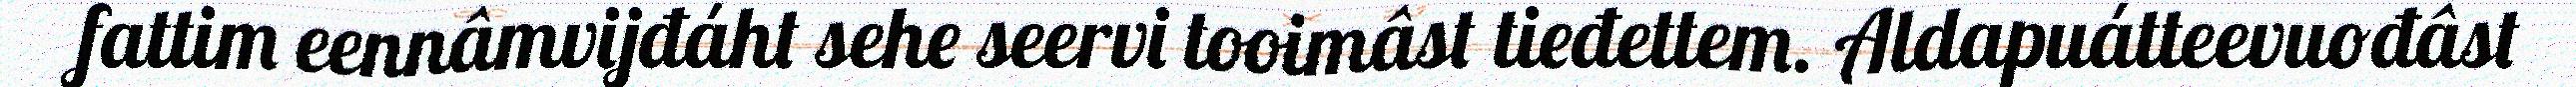
fattim eennâmvijđáht sehe seervi tooimâst tieđettem. Aldapuátteevuođâst